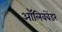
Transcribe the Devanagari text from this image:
ऑलिववेंडर